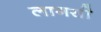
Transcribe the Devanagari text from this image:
लागसी